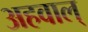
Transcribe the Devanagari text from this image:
अहवाल्